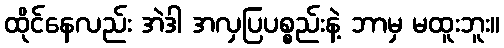
ထိုင်နေလည်း အဲဒါ အလှပြပစ္စည်းနဲ့ ဘာမှ မထူးဘူး။